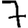
Digit: 7